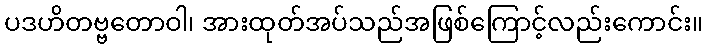
ပဒဟိတဗ္ဗတောဝါ၊ အားထုတ်အပ်သည်အဖြစ်ကြောင့်လည်းကောင်း။